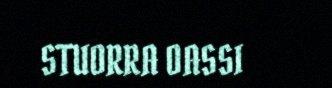
STUORRA OASSI